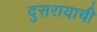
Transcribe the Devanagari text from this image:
दुसरायाची